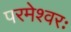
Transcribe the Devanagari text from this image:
परमेश्वरः